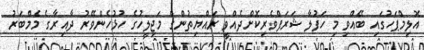
އޮލިމްޕަހުގައި ބޭއްވި މި ހަފުލާ ޝަރަފްވެރިކޮށްދެއްވީ ރައްޔިތުންގެ މަޖިލީހުގެ ހުޅުހެންވޭރު ދާއިރާގެ މެމްބަރު